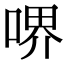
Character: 𠷟